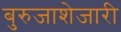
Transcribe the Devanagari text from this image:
बुरुजाशेजारी